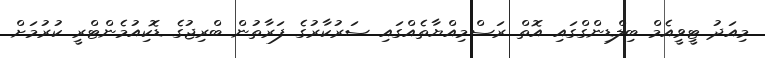
މިއަދު ޓީވީއެމް ބިލްޑިންގްގައި އޮތް ރަސްމިއްޔާތެއްގައި ސަރުކާރުގެ ފަރާތުން ބްރިޖުގެ ޑޮކިއުމެންޓްރީ ކުރުމަށް